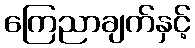
ကြေညာချက်နှင့်